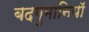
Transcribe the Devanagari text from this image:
बदगुमानियाॅ